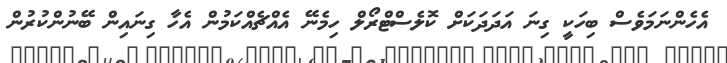
އެހެންނަމަވެސް ބިހަކީ ގިނަ އަދަދަކަށް ކޮލެސްޓްރޯލް ހިމެނޭ އެއްޗެއްކަމުން އެހާ ގިނައިން ބޭނުންކުރުން